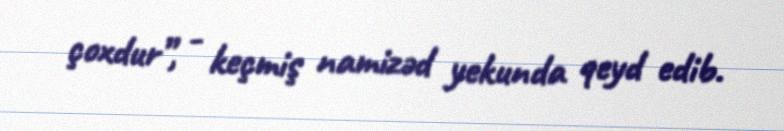
çoxdur”, - keçmiş namizəd yekunda qeyd edib.